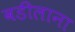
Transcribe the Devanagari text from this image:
वडीलाना